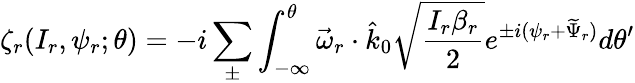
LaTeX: \zeta_{r}(I_{r},\psi_{r};\theta)=-i\sum_{\pm}\int_{-\infty}^{\theta}\vec{\omega}_{r}\cdot\hat{k}_{0}\sqrt{\frac{I_{r}\beta_{r}}{2}}e^{\pm i(\psi_{r}+\widetilde{\Psi}_{r})}d\theta^{\prime}